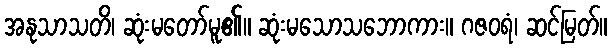
အနုသာသတိ၊ ဆုံးမတော်မူ၏။ ဆုံးမသောသဘောကား။ ဂဇဝရံ၊ ဆင်မြတ်။